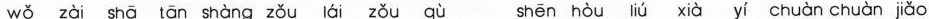
wǒ zài hā tān shàng zǒu ái zǒu qù shēn hòu iú xià yí chuàn chuàn jiǎo